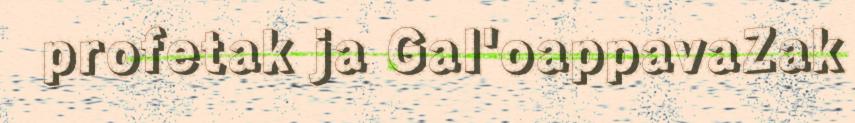
profetak ja Gal'oappavaZak